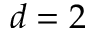
d = 2